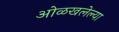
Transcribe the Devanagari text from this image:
ओळखलेल्या